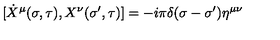
[ \dot { X } ^ { \mu } ( \sigma , \tau ) , X ^ { \nu } ( \sigma ^ { \prime } , \tau ) ] = - i \pi \delta ( \sigma - \sigma ^ { \prime } ) \eta ^ { \mu \nu }